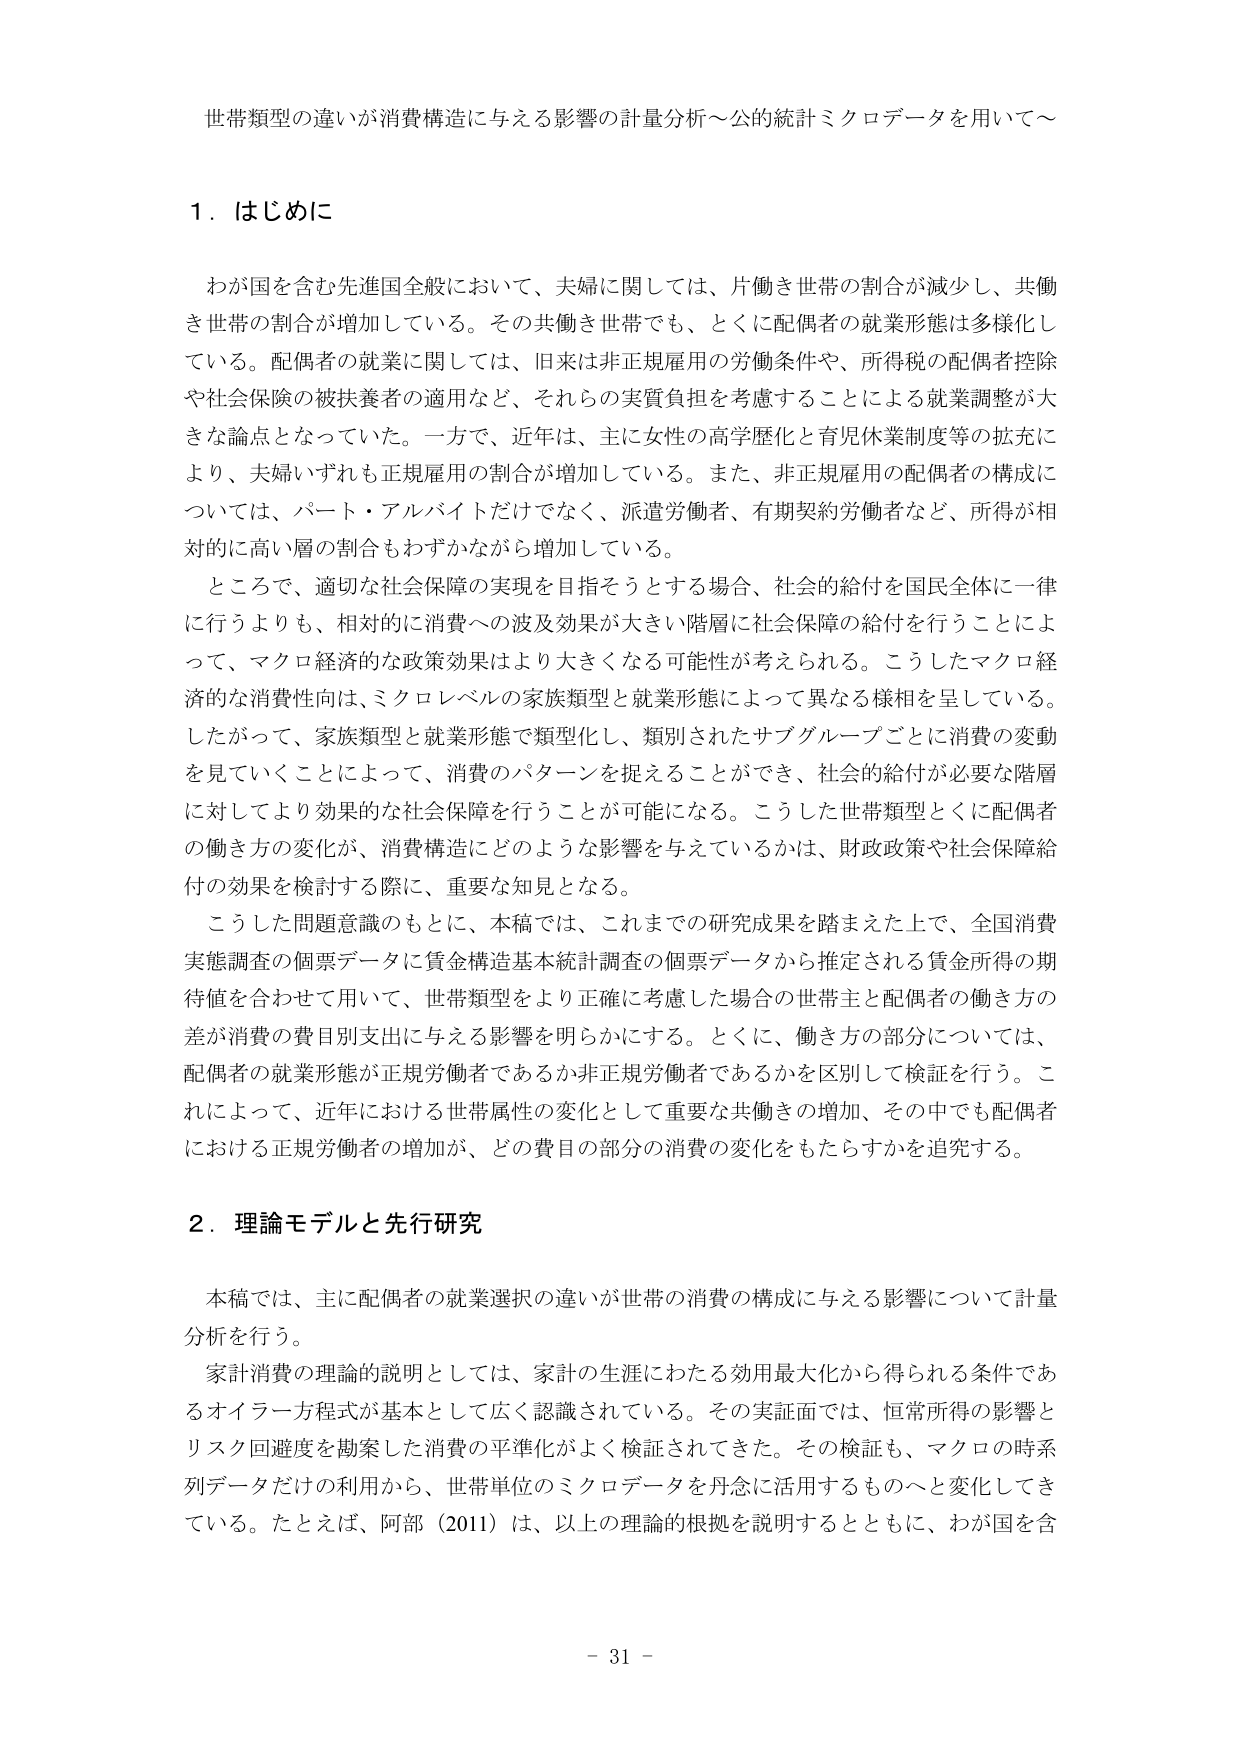
世帯類型の違いが消費構造に与える影響の計量分析～公的統計ミクロデータを用いて～

１．はじめに

わが国を含む先進国全般において、夫婦に関しては、片働き世帯の割合が減少し、共働き世帯の割合が増加している。その共働き世帯でも、とくに配偶者の就業形態は多様化している。配偶者の就業に関しては、旧来は非正規雇用の労働条件や、所得税の配偶者控除や社会保険の被扶養者の適用など、それらの実質負担を考慮することによる就業調整が大きな論点となっていた。一方で、近年は、主に女性の高学歴化と育児休業制度等の拡充により、夫婦いずれも正規雇用の割合が増加している。また、非正規雇用の配偶者の構成については、パート・アルバイトだけでなく、派遣労働者、有期契約労働者など、所得が相対的に高い層の割合もわずかながら増加している。

ところで、適切な社会保障の実現を目指そうとする場合、社会的給付を国民全体に一律に行うよりも、相対的に消費への波及効果が大きい階層に社会保障の給付を行うことによって、マクロ経済的な政策効果はより大きくなる可能性が考えられる。こうしたマクロ経済的な消費性向は、ミクロレベルの家族類型と就業形態によって異なる様相を呈している。したがって、家族類型と就業形態で類型化し、類別されたサブグループごとに消費の変動を見ていくことによって、消費のパターンを捉えることができ、社会的給付が必要な階層に対してより効果的な社会保障を行うことが可能になる。こうした世帯類型とくに配偶者の働き方の変化が、消費構造にどのような影響を与えているかは、財政政策や社会保障給付の効果を検討する際に、重要な知見となる。

こうした問題意識のもとに、本稿では、これまでの研究成果を踏まえた上で、全国消費実態調査の個票データに賃金構造基本統計調査の個票データから推定される賃金所得の期待値を合わせて用いて、世帯類型をより正確に考慮した場合の世帯主と配偶者の働き方の差が消費の費目別支出に与える影響を明らかにする。とくに、働き方の部分については、配偶者の就業形態が正規労働者であるか非正規労働者であるかを区別して検証を行う。これによって、近年における世帯属性の変化として重要な共働きの増加、その中でも配偶者における正規労働者の増加が、どの費目の部分の消費の変化をもたらすかを追究する。

２．理論モデルと先行研究

本稿では、主に配偶者の就業選択の違いが世帯の消費の構成に与える影響について計量分析を行う。

家計消費の理論的説明としては、家計の生涯にわたる効用最大化から得られる条件であるオイラー方程式が基本として広く認識されている。その実証面では、恒常所得の影響とリスク回避度を勘案した消費の平準化がよく検証されてきた。その検証も、マクロの時系列データだけの利用から、世帯単位のミクロデータを丹念に活用するものへと変化してきている。たとえば、阿部（2011）は、以上の理論的根拠を説明するとともに、わが国を含

－ 31 －